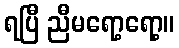
ရပြီ ညီမရော့ရော့။